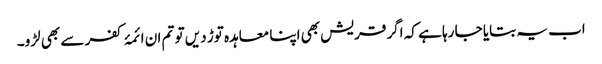
اب یہ بتایا جا رہا ہے کہ اگر قریش بھی اپنا معاہدہ توڑ دیں تو تم ان ائمۂ کفر سے بھی لڑو۔